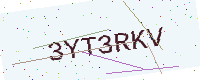
Text: 3YT3RKV